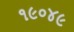
૧૯૦૪૯